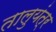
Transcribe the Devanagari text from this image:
तालुयंत्र